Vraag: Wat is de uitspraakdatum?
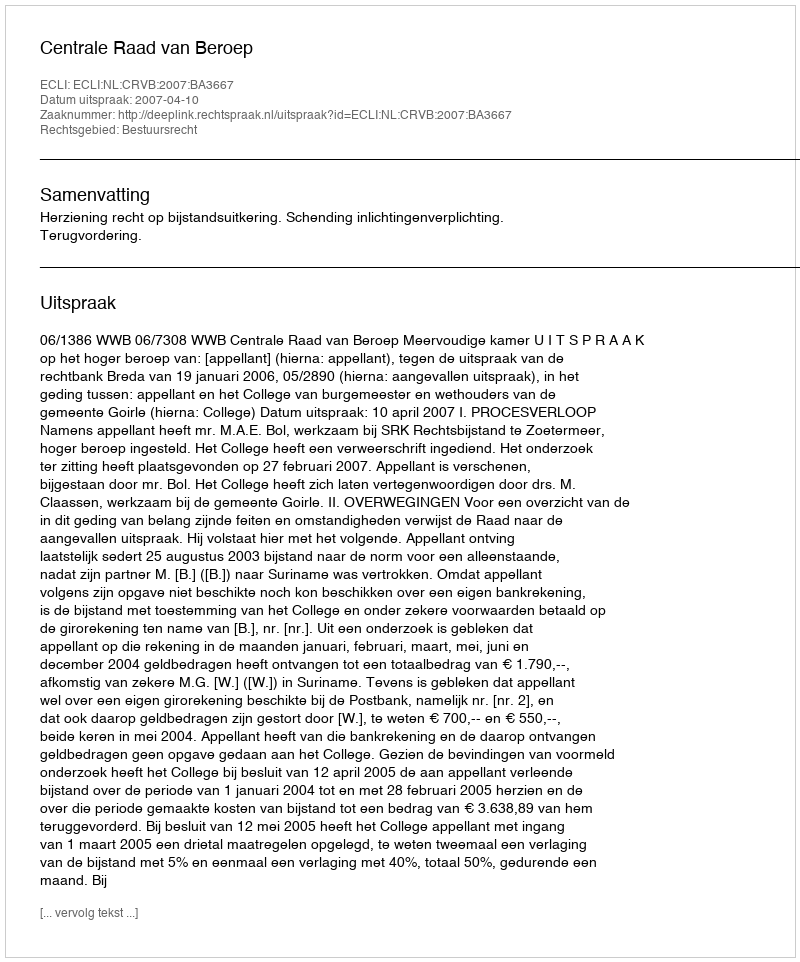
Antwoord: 2007-04-10